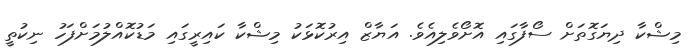
މިޝްކާ ދިޔަގޮތަށް ސޯފާގައި އޮށޯވެލިއެވެ. އަޔާޒް އިރުކޮޅަކު މިޝްކާ ކައިރީގައި މަޑުކޮއްލުމަށްފަހު ނިކުތީ